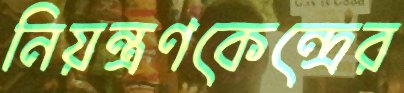
নিয়ন্ত্রণকেন্দ্রের